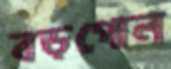
বড়পোল